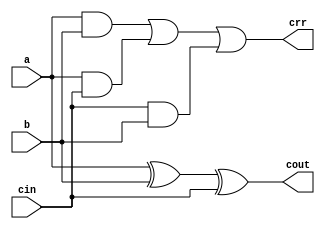
module full_adder(a,b,cin,cout,crr);
input a,b,cin;
output crr,cout;
wire temp1,temp2,temp3;
xor(cout,a,b,cin);
and(temp1,a,b);
and(temp2,a,cin);
and(temp3,cin,b);
or(crr,temp1,temp2,temp3);
endmodule